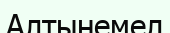
Алтынемел